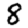
Digit: 8